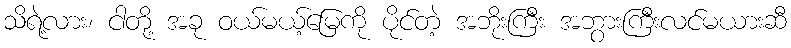
သိရဲ့လား၊ ငါတို့ အခု ဝယ်မယ့်မြေကို ပိုင်တဲ့ အဘိုးကြီး အဘွားကြီးလင်မယားဆီ